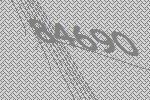
84690